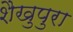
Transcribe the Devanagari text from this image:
शैखुपुरा